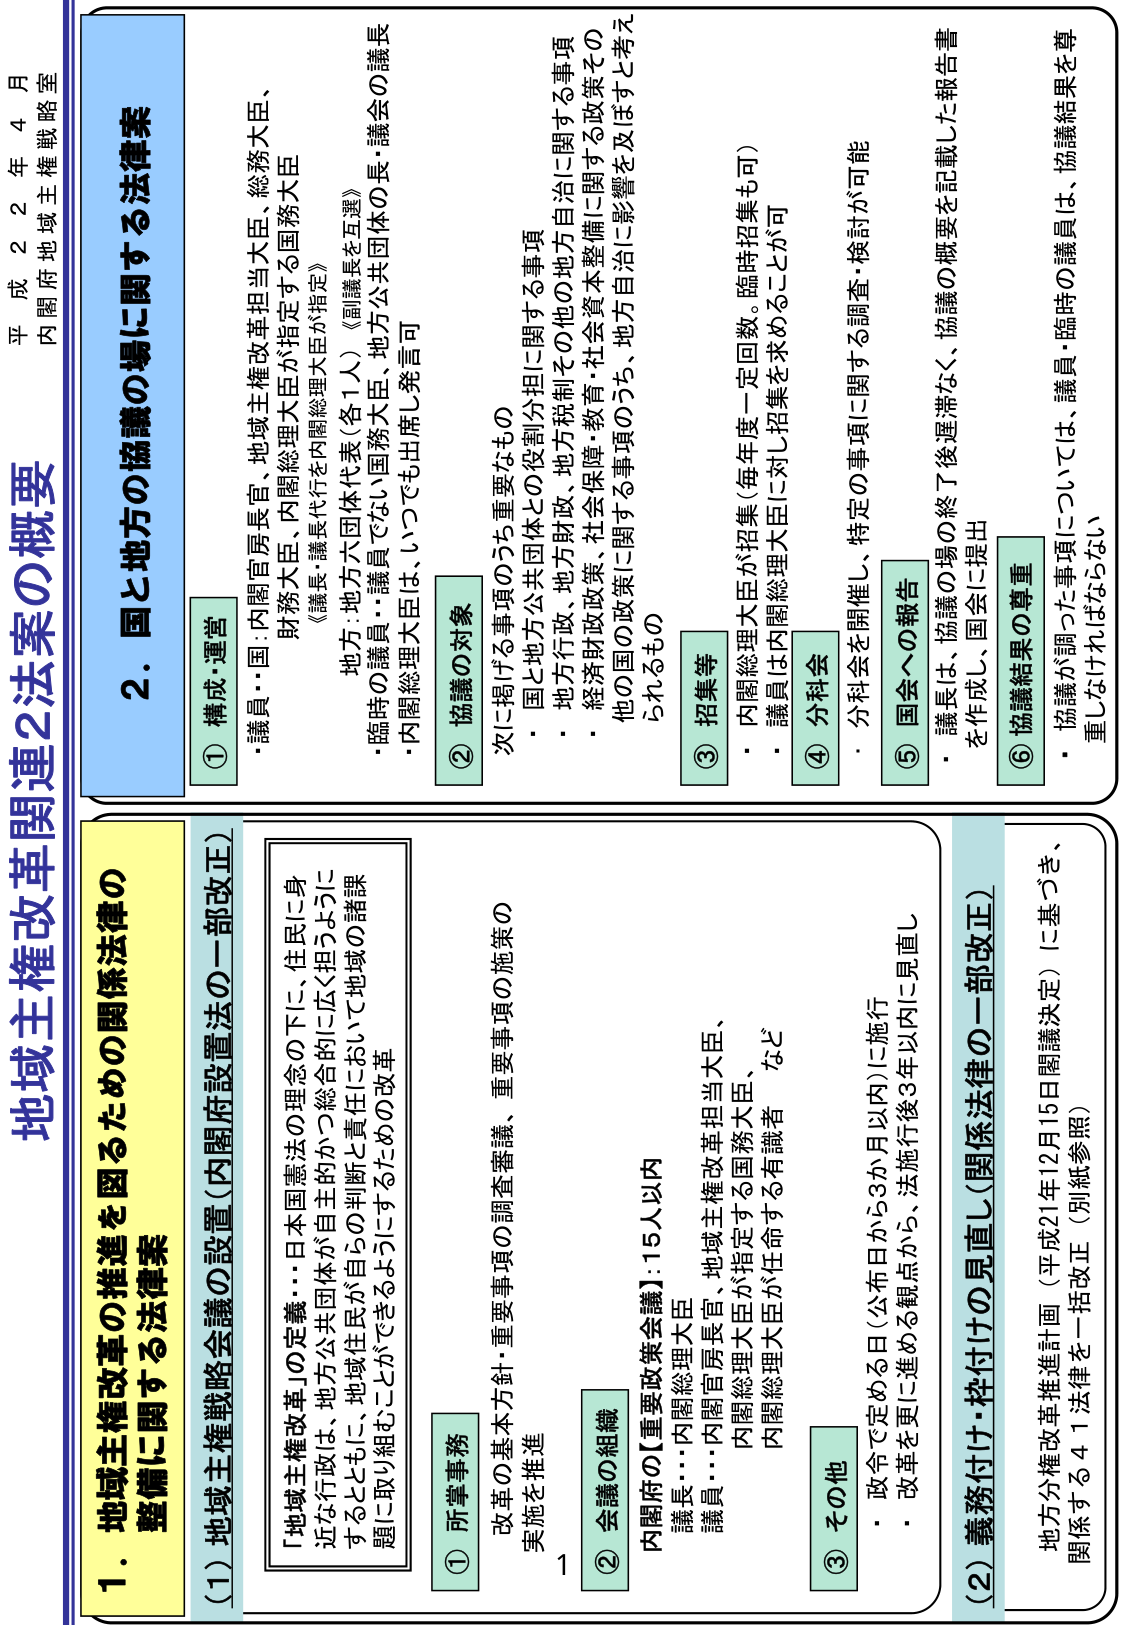
平成22年4月
内閣府地域主権戦略室

地域主権改革関連2法案の概要

1. 地域主権改革の推進を図るための関係法律の
整備に関する法律案

(1) 地域主権戦略会議の設置（内閣府設置法の一部改正）

「地域主権改革」の定義・・・日本国憲法の理念の下に、住民に身近な行政は、地方公共団体が自主的かつ総合的に広く担うようにすることとし、地域住民が自らの判断と責任において地域の諸課題に取り組むことができるようにするための改革

① 所掌事務
改革の基本方針・重要事項の調査審議、重要事項の施策の実施を推進

② 会議の組織
内閣府の【重要政策会議】：15人以内
議長・・・内閣総理大臣
議員・・・内閣官房長官、地域主権改革担当大臣、
内閣総理大臣が指定する国務大臣、など
内閣総理大臣が任命する有識者

③ その他
・政令で定める日（公布日から3か月以内）に施行
・改革を更に進める観点から、法施行後3年以内に見直し

(2) 義務付け・枠付けの見直し（関係法律の一部改正）
地方分権改革推進計画（平成21年12月15日閣議決定）に基づき、
関係する41法律を一括改正（別紙参照）

2. 国と地方の協議の場に関する法律案

① 構成・運営
・議員・・・国：内閣官房長官、地域主権改革担当大臣、総務大臣、
財務大臣、内閣総理大臣が指定する国務大臣
《議長・議長代行を内閣総理大臣が指定》
地方：地方六団体代表（各1人）《副議長を互選》
・臨時の議員・議員でない国務大臣、地方公共団体の長・議会の議長
・内閣総理大臣は、いつでも出席発言可

② 協議の対象
次に掲げる事項のうち重要なもの
・国と地方公共団体との役割分担に関する事項
・地方行政、地方財政、地方税制その他の地方自治に関する事項
・経済財政政策、社会保障・教育・社会資本整備に関する政策その
他の国の政策に関する事項のうち、地方自治に影響を及ぼすと考え
られるもの

③ 招集等
・内閣総理大臣が招集（毎年度一定回数。臨時招集も可）
・議員は内閣総理大臣に対し招集を求めることができる

④ 分科会
・分科会を開催し、特定の事項に関する調査・検討が可能

⑤ 国会への報告
・議長は、協議の場の終了後遅滞なく、協議の概要を記載した報告書
を作成し、国会に提出

⑥ 協議結果の尊重
・協議が調った事項については、議員・臨時の議員は、協議結果を尊重しなければならない